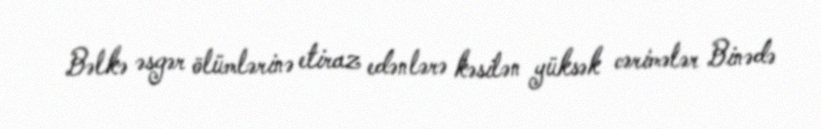
Bəlkə əsgər ölümlərinə etiraz edənlərə kəsilən yüksək cərimələr Binədə